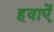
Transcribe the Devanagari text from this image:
हवाऐं